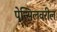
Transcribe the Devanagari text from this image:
पेन्सिलवरील